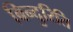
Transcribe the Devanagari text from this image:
बिन्दुरिति